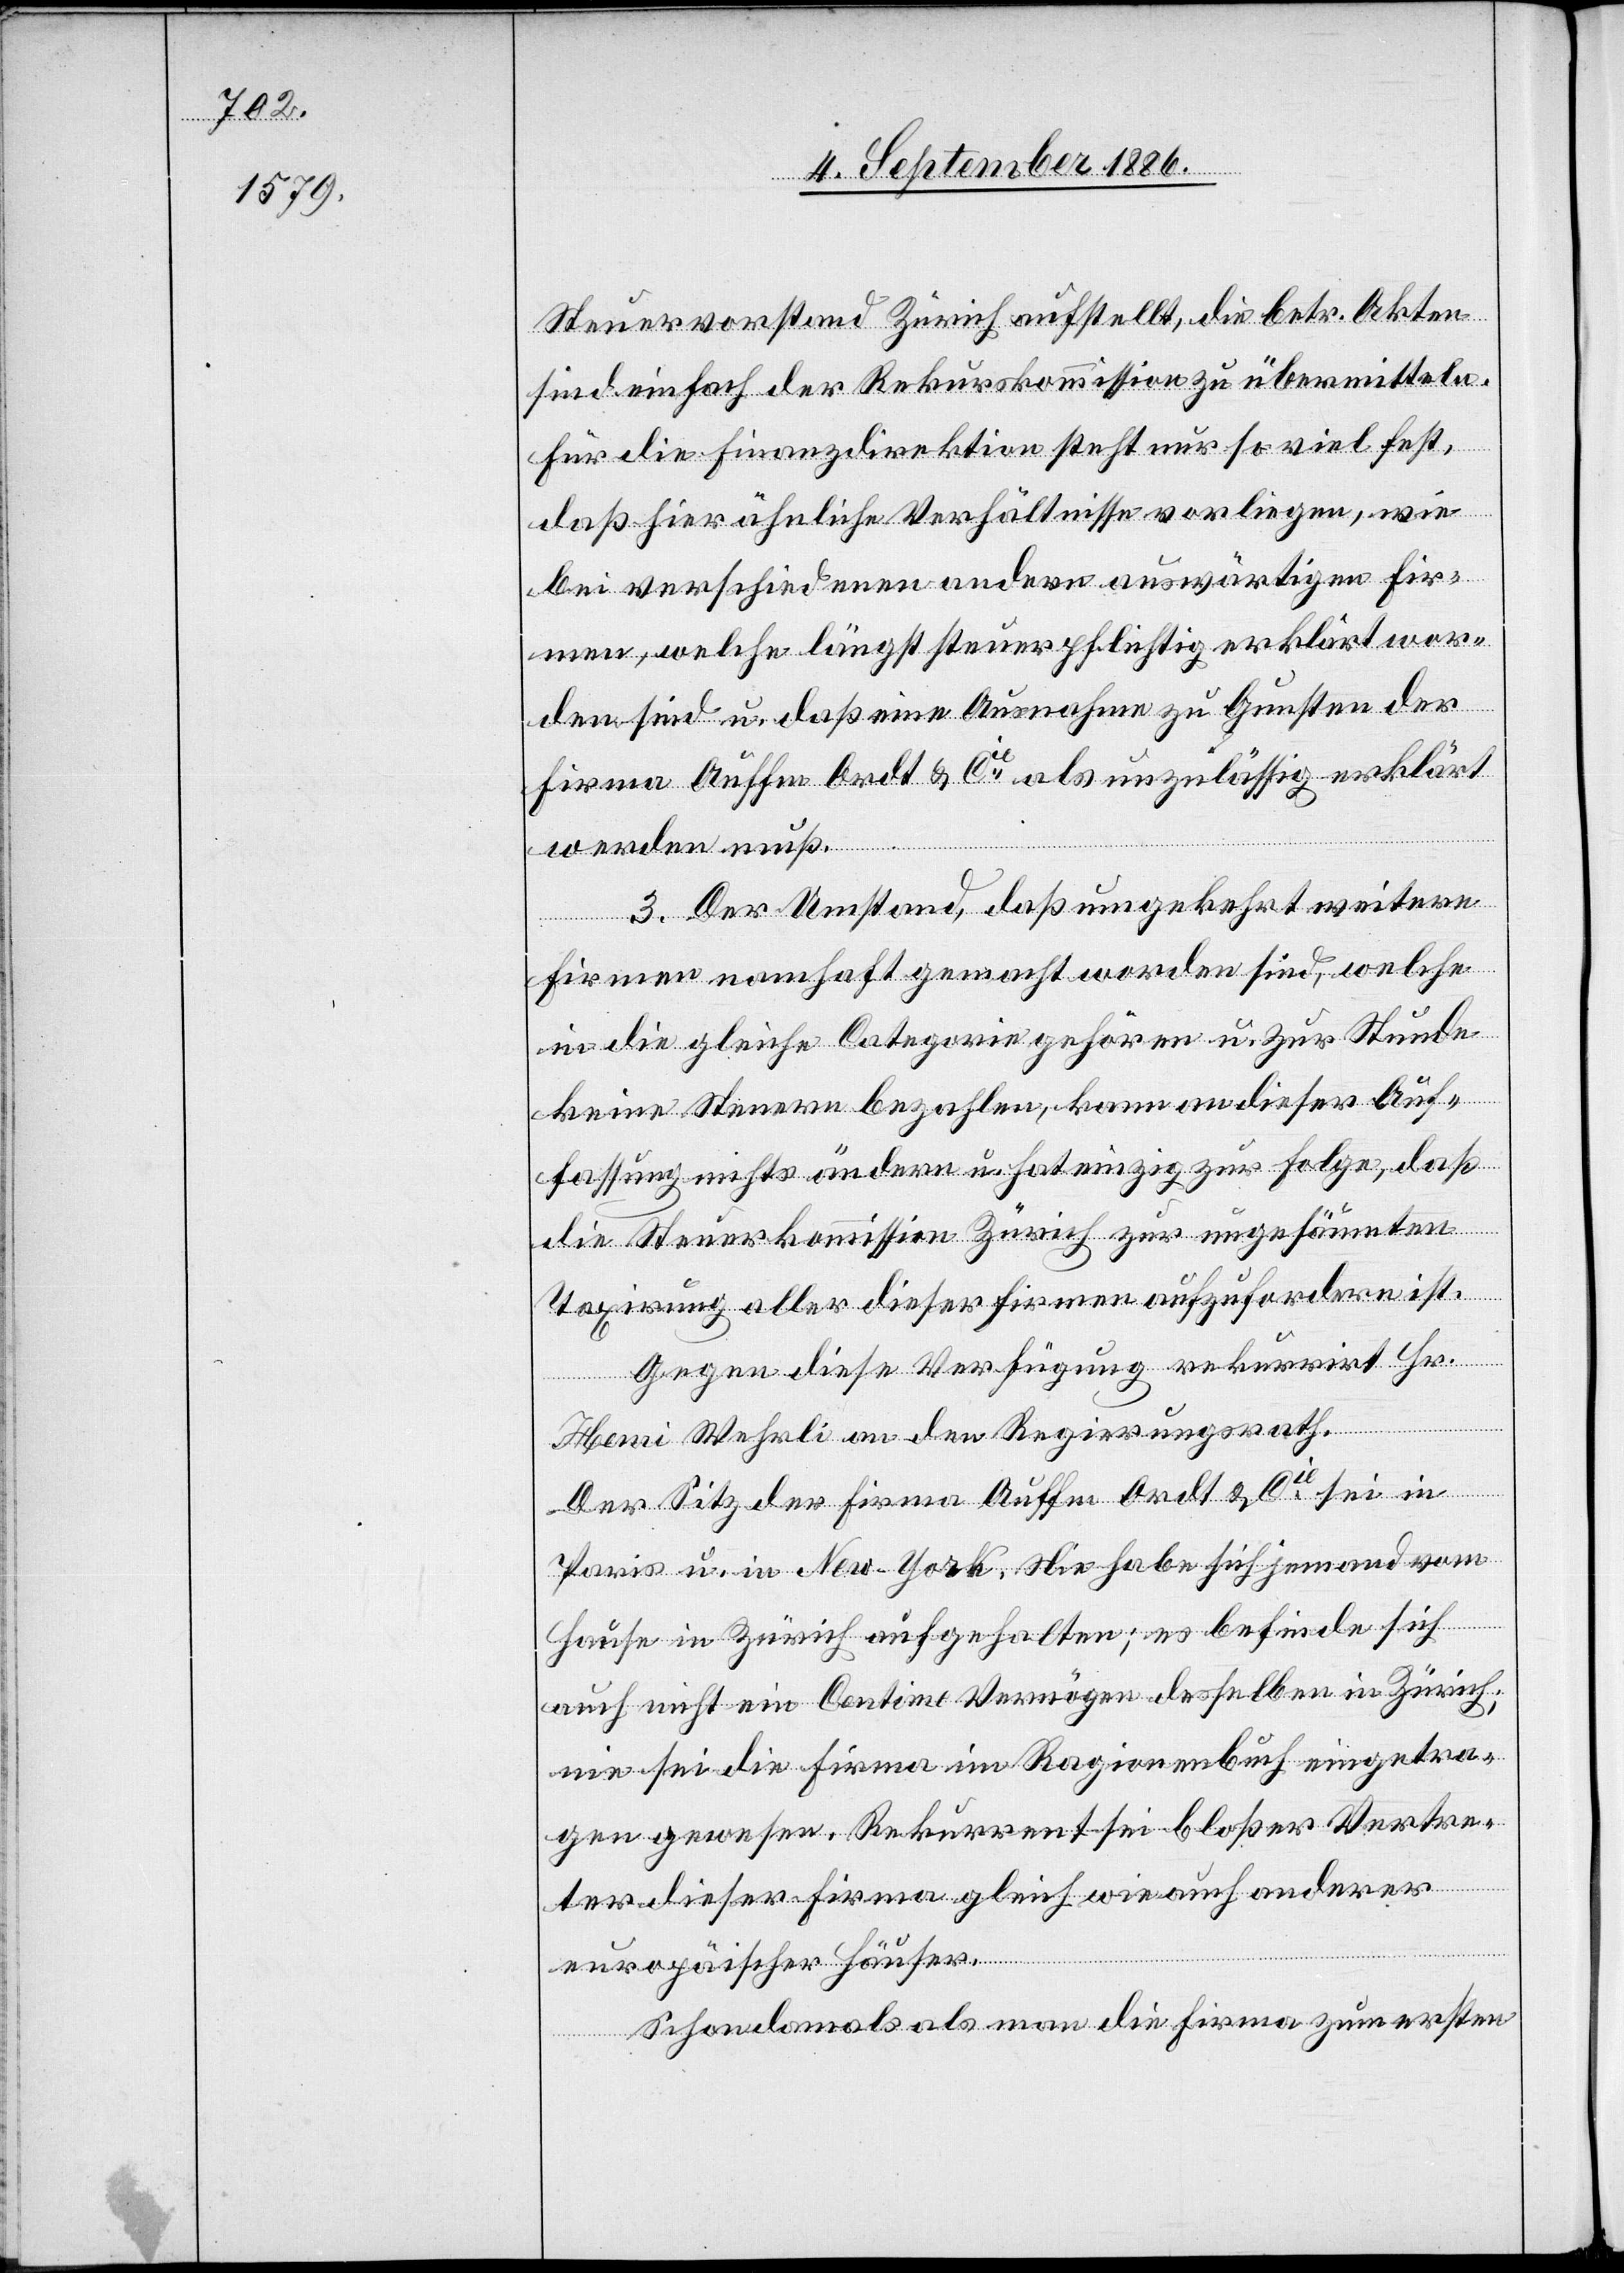
Steuervorstand Zürich aufstellt, die betr. Akten
sind einfach der Rekurskommission zu übermitteln.
Für die Finanzdirektion steht nur so viel fest,
daß hier ähnliche Verhältnisse vorliegen, wie
bei verschiedenen andern auswärtigen Fir¬
men, welche längst steuerpflichtig erklärt wor¬
den sind u. daß eine Ausnahme zu Gunsten der
Firma Auffm Ordt u. Cie als unzulässig erklärt
werden muß.
3. Der Umstand, daß umgekehrt weitere
Firmen namhaft gemacht worden sind, welche
in die gleiche Categorie gehören u. zur Stunde
keine Steuern bezahlen, kann an dieser Auf¬
fassung nichts ändern u. hat einzig zur Folge, daß
die Steuerkommission Zürich zur ungesäumten
Taxirung aller dieser Firmen aufzufordern ist.
Gegen diese Verfügung rekurrirt Hr.
Henri Wehrli an den Regierungsrath.
Der Sitz der Firma Auffm Ordt u. Cie sei in
Paris u. in New-York. Nie habe sich jemand vom
Hause in Zürich aufgehalten; es befinde sich
auch nicht ein Centime Vermögen desselben in Zürich;
nie sei die Firma im Ragionenbuch eingetra¬
gen gewesen. Rekurrent sei bloßer Vertre¬
ter dieser Firma gleich wie auch anderer
europäischer Häuser.
Schon damals als man die Firma zum ersten